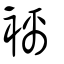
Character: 褵